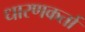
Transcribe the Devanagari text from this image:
धारणकर्ता